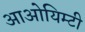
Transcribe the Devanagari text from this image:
आओयिम्टी